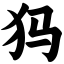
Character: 犸